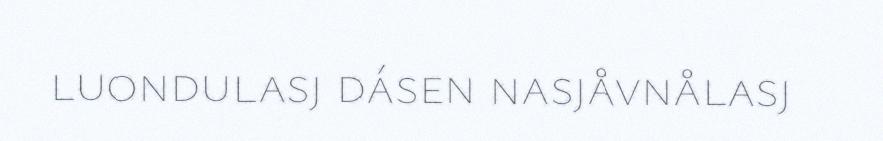
luondulasj dásen nasjåvnålasj